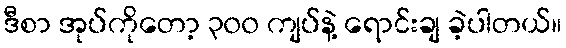
ဒီစာ အုပ်ကိုတော့ ၃၀၀ ကျပ်နဲ့ ရောင်းချ ခဲ့ပါတယ်။